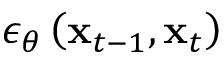
\epsilon _ { \theta } \left( \mathbf { x } _ { t - 1 } , \mathbf { x } _ { t } \right)